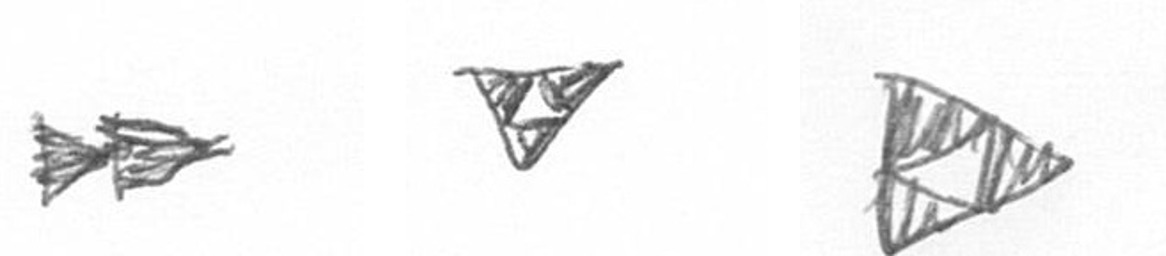
A S K